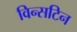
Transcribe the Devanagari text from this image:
विन्सटिन